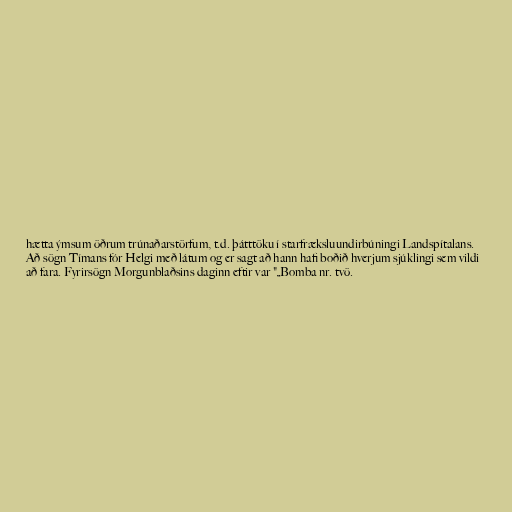
hætta ýmsum öðrum trúnaðarstörfum, t.d. þátttöku í starfræksluundirbúningi Landspítalans.
Að sögn Tímans fór Helgi með látum og er sagt að hann hafi boðið hverjum sjúklingi sem vildi
að fara. Fyrirsögn Morgunblaðsins daginn eftir var "„Bomba nr. tvö.